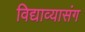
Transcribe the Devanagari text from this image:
विद्याव्यासंग